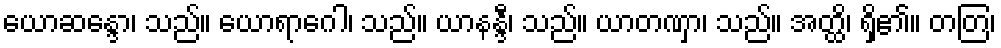
ယောဆန္ဒော၊ သည်။ ယောရာဂေါ၊ သည်။ ယာနန္ဒီ၊ သည်။ ယာတဏှာ၊ သည်။ အတ္ထိ၊ ရှိ၏။ တတြ၊